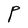
Character: P